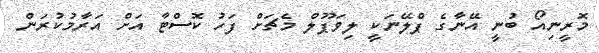
މޮރީނިއޯ ބުނީ އޭނާގެ ޕްލޭނަކީ ލިވަޕޫލް މެޗަށް ފަހު ކޮސްޓާ އަށް އަރާމުކުރަން